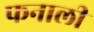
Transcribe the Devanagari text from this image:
फनाली